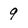
Character: 9